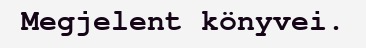
Megjelent könyvei.